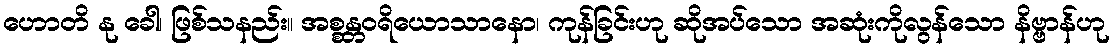
ဟောတိ နု ခေါ၊ ဖြစ်သနည်း။ အစ္စန္တဝရိယောသာနော၊ ကုန်ခြင်းဟု ဆိုအပ်သော အဆုံးကိုလွန်သော နိဗ္ဗာန်ဟု